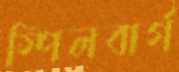
স্পিলবার্গ